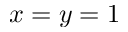
x = y = 1